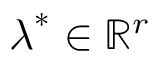
\boldsymbol { \lambda } ^ { * } \in \mathbb { R } ^ { r }